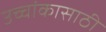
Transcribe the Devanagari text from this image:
उच्चांकासाठी